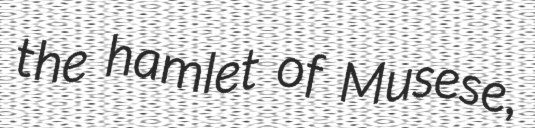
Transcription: the hamlet of Musese,